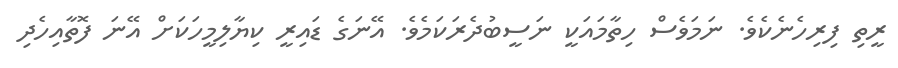
ރީތި ފިރިހެނެކެވެ. ނަމަވެސް ހިތާމައަކީ ނަސީބުދެރަކަމެވެ. އޭނަގެ ޑައިރީ ކިޔާލިމީހަކަށް އޭނަ ފޮތާއިހެދި